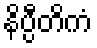
နိပ္ပီတိကံ